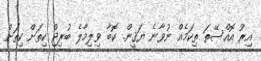
އިރު އޮއްސޭތަ ތިކަމެއް ނުވާނެ ޔަޤީން. ކޮބާ ވިލިމާލެ ބުރިޖް ކިތަށް ކިތަށް